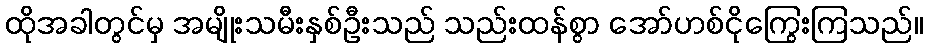
ထိုအခါတွင်မှ အမျိုးသမီးနှစ်ဦးသည် သည်းထန်စွာ အော်ဟစ်ငိုကြွေးကြသည်။